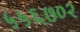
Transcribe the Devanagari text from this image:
५५६७०२